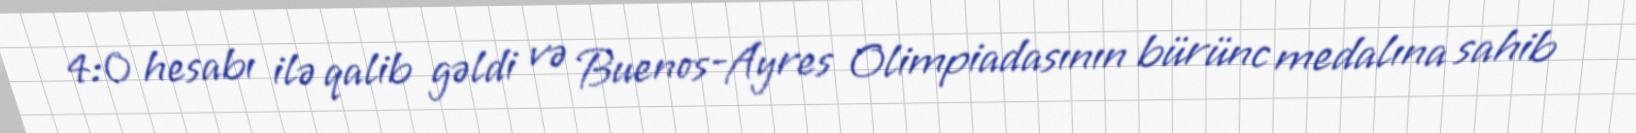
4:0 hesabı ilə qalib gəldi və Buenos-Ayres Olimpiadasının bürünc medalına sahib